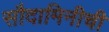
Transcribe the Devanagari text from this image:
सौदामिनीची